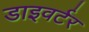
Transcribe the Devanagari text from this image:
डाइवर्टर